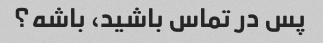
پس در تماس باشید، باشه؟